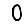
Digit: 0